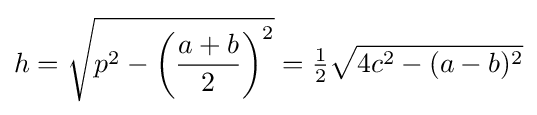
h={\sqrt {p^{2}-\left({\frac {a+b}{2}}\right)^{2}}}={\tfrac {1}{2}}{\sqrt {4c^{2}-(a-b)^{2}}}